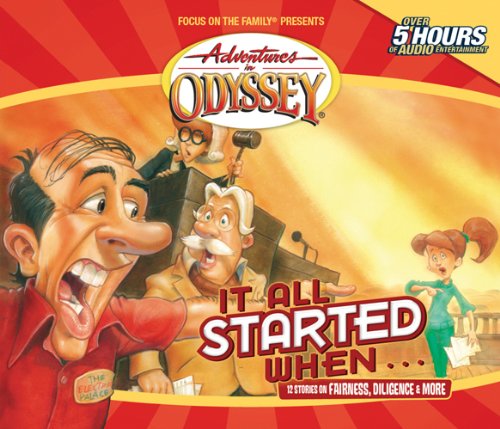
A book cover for Adventures in Odyssey: It All Started When...; AIO Team; Humor & Entertainment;